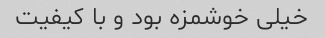
خیلی خوشمزه بود و با کیفیت